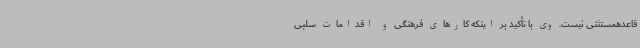
قاعدهمستثنی نیست. وی با تأکید بر اینکه کارهای فرهنگی و اقدامات سلبی